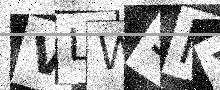
Text: VLW9NX